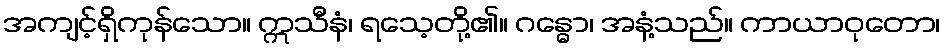
အကျင့်ရှိကုန်သော။ ဣသီနံ၊ ရသေ့တို့၏။ ဂန္ဓော၊ အနံ့သည်။ ကာယာဝုတော၊